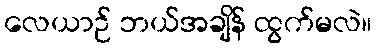
လေယာဉ် ဘယ်အချိန် ထွက်မလဲ။